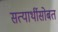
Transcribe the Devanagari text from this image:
सत्यार्थीसोबत